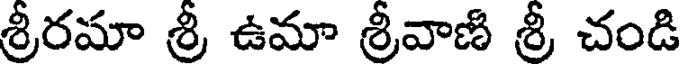
శ్రీరమా శ్రీ ఉమా శ్రీవాణి శ్రీ చండి